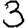
Digit: 3